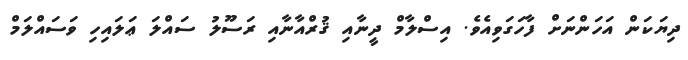
ދިޔަކަން އަހަންނަށް ފާހަގަވިއެވެ. އިސްލާމް ދީނާއި ޤުރްއާނާއި ރަސޫލު ސައްލަ ޢަލައިހި ވަސައްލަމް